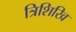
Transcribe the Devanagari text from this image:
त्रिशिखि